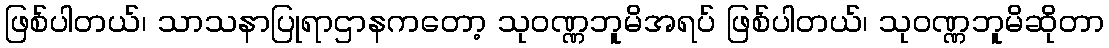
ဖြစ်ပါတယ်၊ သာသနာပြုရာဌာနကတော့ သုဝဏ္ဏဘူမိအရပ် ဖြစ်ပါတယ်၊ သုဝဏ္ဏဘူမိဆိုတာ